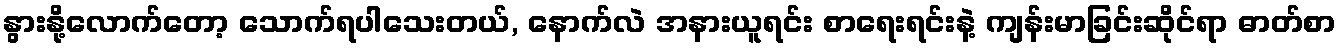
နွားနို့လောက်တော့ သောက်ရပါသေးတယ်, နောက်လဲ အနားယူရင်း စာရေးရင်းနဲ့ ကျန်းမာခြင်းဆိုင်ရာ ဓာတ်စာ